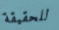
للحقيقة